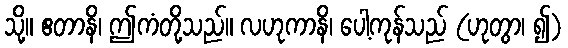
သို့။ ဧတာနိ၊ ဤကံတို့သည်။ လဟုကာနိ၊ ပေါ့ကုန်သည် (ဟုတွာ၊ ၍)